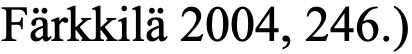
Färkkilä 2004, 246.)